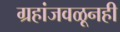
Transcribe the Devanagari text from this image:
ग्रहांजवळूनही